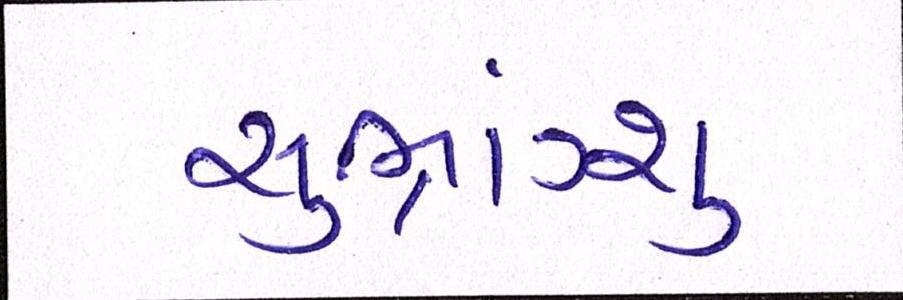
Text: સુભ્રાંગ્શુ